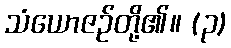
သံယောဇဉ်တို့၏။ (၃)